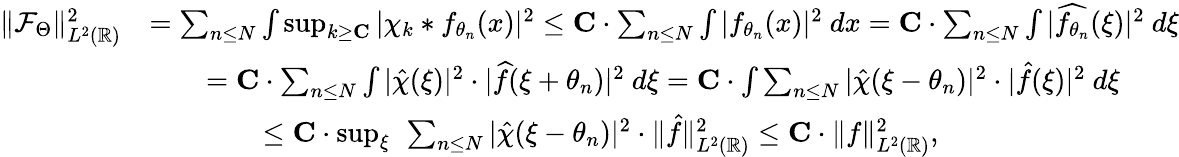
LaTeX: \begin{array}{rl}{\| \mathcal{F}_{\Theta}\| _{L^{2}(\mathbb{R})}^{2}}&{=\sum_{n\leq N}\int\operatorname*{sup}_{k\geq\mathbf{C}}|\chi_{k}*f_{\theta_{n}}(x)|^{2}\leq\mathbf{C}\cdot\sum_{n\leq N}\int|f_{\theta_{n}}(x)|^{2}\ dx=\mathbf{C}\cdot\sum_{n\leq N}\int|\widehat{f_{\theta_{n}}}(\xi)|^{2}\ d\xi}\\ &{\qquad=\mathbf{C}\cdot\sum_{n\leq N}\int|\hat{\chi}(\xi)|^{2}\cdot|\widehat{f}(\xi+\theta_{n})|^{2}\ d\xi=\mathbf{C}\cdot\int\sum_{n\leq N}|\hat{\chi}(\xi-\theta_{n})|^{2}\cdot|\hat{f}(\xi)|^{2}\ d\xi}\\ &{\qquad\qquad\leq\mathbf{C}\cdot\operatorname*{sup}_{\xi}\ \sum_{n\leq N}|\hat{\chi}(\xi-\theta_{n})|^{2}\cdot\| \hat{f}\| _{L^{2}(\mathbb{R})}^{2}\leq\mathbf{C}\cdot\| {f}\| _{L^{2}(\mathbb{R})}^{2},}\end{array}